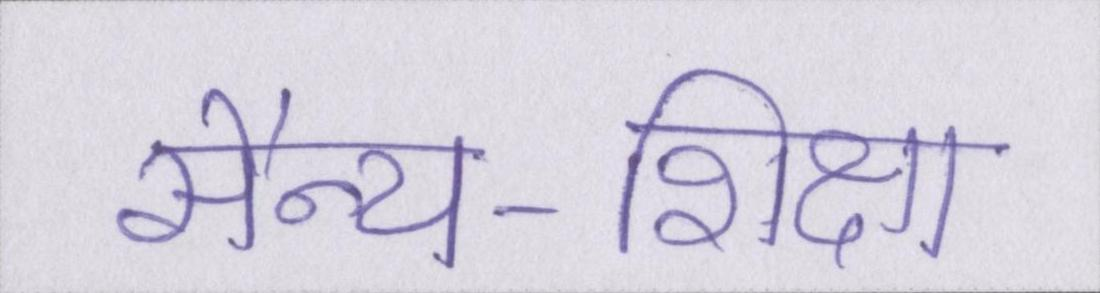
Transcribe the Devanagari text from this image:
सैन्य-शिक्षा